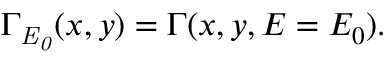
\Gamma _ { \mathit { E _ { 0 } } } ( x , y ) = \Gamma ( x , y , E = E _ { 0 } ) .